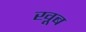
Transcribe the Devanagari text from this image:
खूब